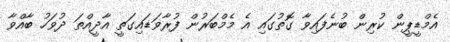
އެމްޑީޕީން ކުރިން ބުނެފައިވާ ގޮތުގައި އެ މެމްބަރުން ފުރާވަޑައިގަތީ އާދީއްތަ ދުވަހު ބާއްވާ